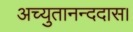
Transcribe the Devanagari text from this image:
अच्युतानन्ददास।